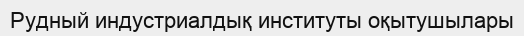
Рудный индустриалдық институты оқытушылары